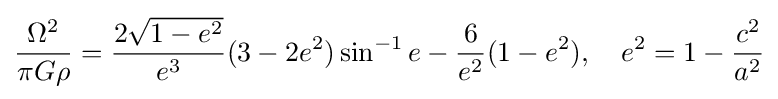
{\frac {\Omega ^{2}}{\pi G\rho }}={\frac {2{\sqrt {1-e^{2}}}}{e^{3}}}(3-2e^{2})\sin ^{-1}e-{\frac {6}{e^{2}}}(1-e^{2}),\quad e^{2}=1-{\frac {c^{2}}{a^{2}}}